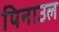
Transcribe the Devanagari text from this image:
पिनाउल